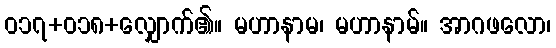
ဝ၁၇+၀၁၈+လျှောက်၏။ မဟာနာမ၊ မဟာနာမ်။ အာဂဖလော၊